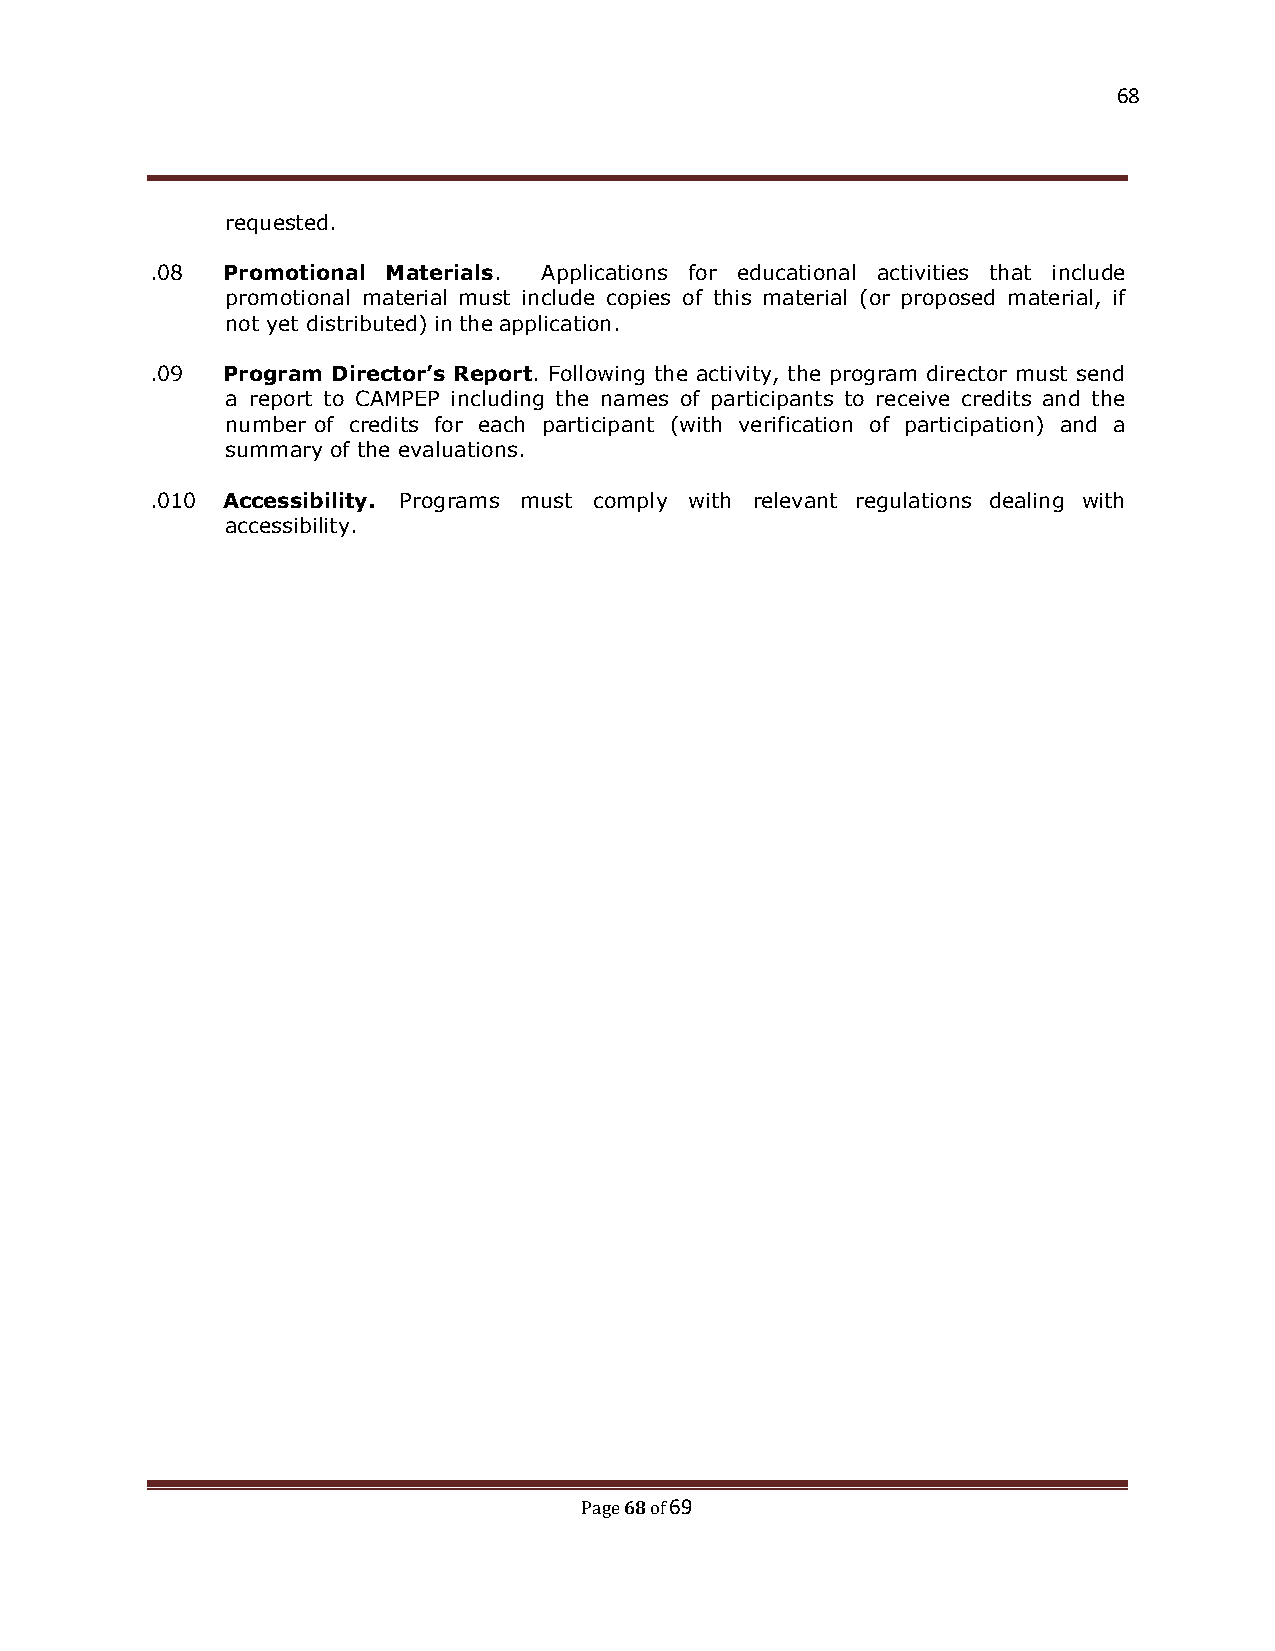
68
 requested.
 .08  Promotional Materials. Applications for educational activities that include
 promotional material must include copies of this material (or proposed material, if
 not yet distributed) in the application.
 .09  Program Director’s Report. Following the activity, the program director must send
 a report to CAMPEP including the names of participants to receive credits and the
 number of credits for each participant (with verification of participation) and a
 summary of the evaluations.
 .010 Accessibility. Programs must comply with relevant regulations dealing with
 accessibility.
 68 69
 Page of